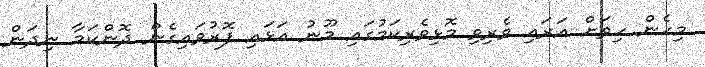
މިހެން ހިތަށް އަރައި ވެރިވި މޮޅިވެރިކަމުގައި މޫނު އަޅައި ފޮރުވައިގެން ދޮންކަމާ ނިދަން